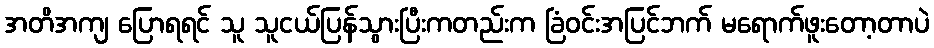
အတိအကျ ပြောရရင် သူ သူငယ်ပြန်သွားပြီးကတည်းက ခြံဝင်းအပြင်ဘက် မရောက်ဖူးတော့တာပဲ